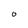
Character: O